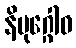
နိမုဂ္ဂေါဝ